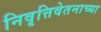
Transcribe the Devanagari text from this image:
निवृत्तिवेतनाच्या